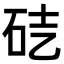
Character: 𥑄